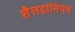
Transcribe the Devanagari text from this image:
शैलडोनियन